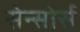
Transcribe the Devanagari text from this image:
सेन्सोर्स